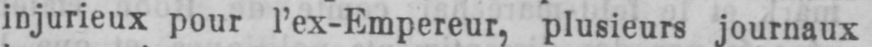
injurieux pour l’ex-Empereur, plusieurs journaux